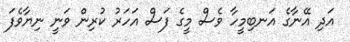
އަދި އޭނާގެ އަނބިމީހާ ވެސް މީގެ ފަސް އަހަރު ކުރިން ވަނީ ނިޔާވެފަ